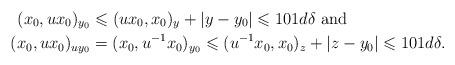
LaTeX: \begin{align*}(x_0,ux_0)_{y_0}&\leqslant (ux_0,x_0)_{y} +|y-y_0| \leqslant 101 d\delta \hbox{ and }\\ (x_0,ux_0)_{uy_0}&=(x_0,u^{-1}x_0)_{y_0}\leqslant (u^{-1}x_0,x_0)_z +|z-y_0|\leqslant 101 d\delta.\end{align*}